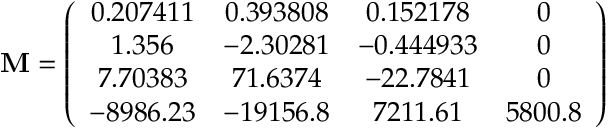
\mathbf { M } = \left( \begin{array} { c c c c } { 0 . 2 0 7 4 1 1 } & { 0 . 3 9 3 8 0 8 } & { 0 . 1 5 2 1 7 8 } & { 0 } \\ { 1 . 3 5 6 } & { - 2 . 3 0 2 8 1 } & { - 0 . 4 4 4 9 3 3 } & { 0 } \\ { 7 . 7 0 3 8 3 } & { 7 1 . 6 3 7 4 } & { - 2 2 . 7 8 4 1 } & { 0 } \\ { - 8 9 8 6 . 2 3 } & { - 1 9 1 5 6 . 8 } & { 7 2 1 1 . 6 1 } & { 5 8 0 0 . 8 } \end{array} \right)